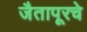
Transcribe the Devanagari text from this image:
जैतापूरचे